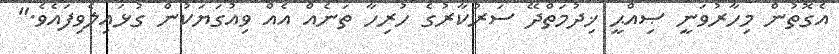
އެގޮތުން މިހާރުވަނީ ޞިއްޙީ ޚިދުމަތްދޭ ސަރުކާރުގެ ހުރިހާ ތަނެއް އެއް ވިއުގަޔަކުން ގުޅައިލެވިފައެވެ."